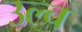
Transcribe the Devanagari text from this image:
उल्च